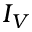
I _ { V }